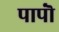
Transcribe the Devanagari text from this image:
पापॊं